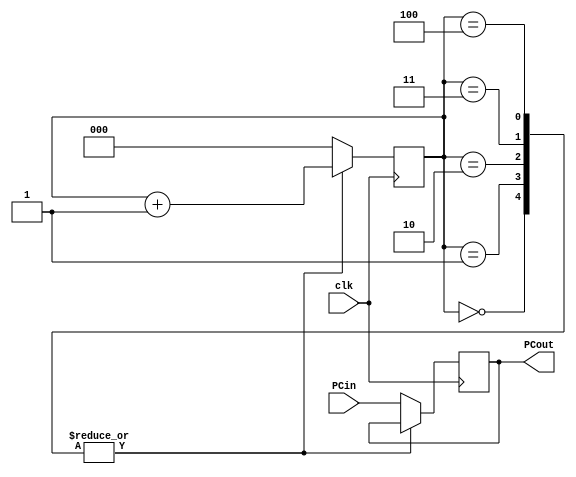
module PC(
	input clk,//Used to count clock cycles before starting next instruction
	input [31:0] PCin,//Next instruction
	output reg [31:0] PCout);//Current instruction to execute
	
	reg [2:0] clockCycles;
	
	initial
	begin
		clockCycles = 0;
		PCout = 0;
	end
	
	always @(posedge clk)
	begin
		case(clockCycles)
			3'b000: clockCycles <= clockCycles + 1;
			3'b001: clockCycles <= clockCycles + 1;
			3'b010: clockCycles <= clockCycles + 1;
			3'b011: clockCycles <= clockCycles + 1;
			3'b100: clockCycles <= clockCycles + 1;
			default:
				begin
					clockCycles <= 0;
					PCout <= PCin;
				end
		endcase
	end
		  
endmodule